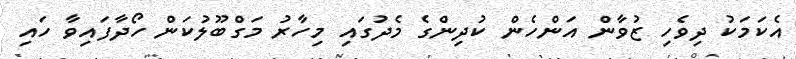
އެކަމަކު ދިވެހި ޒުވާން އަންހެން ކުދިންގެ މެދުގައި މިހާރު މަގްބޫލުކަން ހޯދާފައިވާ ހައި